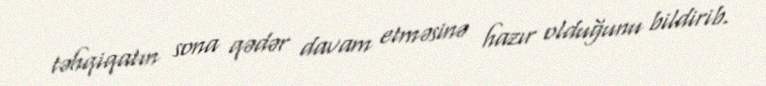
təhqiqatın sona qədər davam etməsinə hazır olduğunu bildirib.